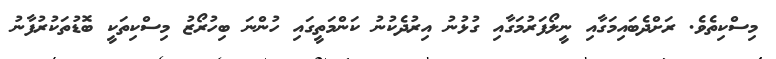
މިސްކިތެވެ. ރަށްދެބައިމަގާއި ނީލޯފަރުމަގާއި ގުޅުނު އިރުދެކުނު ކަންމަތީގައި ހުންނަ ބިހުރޯޒު މިސްކިތަކީ ބޮޑުތަކުރުފާނު